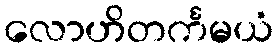
လောဟိတင်္ကမယံ